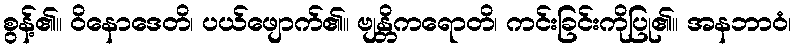
စွန့်၏။ ဝိနောဒေတိ၊ ပယ်ဖျောက်၏။ ဗျန္တိကရောတိ၊ ကင်းခြင်းကိုပြု၏။ အနဘာဝံ၊